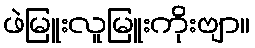
ဖဲမြူးလူမြူးကိုးဗျာ။